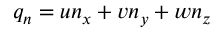
q _ { n } = u n _ { x } + v n _ { y } + w n _ { z }